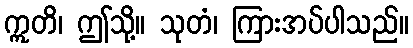
ဣတိ၊ ဤသို့။ သုတံ၊ ကြားအပ်ပါသည်။